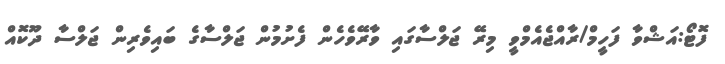
ފޮޓޯ:އަޝްވާ ފަހީމް/ރާއްޖެއެމްވީ މިރޭ ޖަލްސާގައި ވާރޭވެހެން ފެށުމުން ޖަލްސާގެ ބައިވެރިން ޖަލްސާ ދޫކޮއް